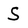
Character: S